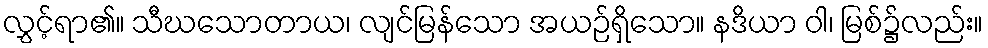
လွှင့်ရာ၏။ သီဃသောတာယ၊ လျင်မြန်သော အယဉ်ရှိသော။ နဒိယာ ဝါ၊ မြစ်၌လည်း။